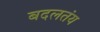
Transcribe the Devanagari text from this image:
बदलतंय